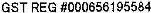
GST REG #000656195584